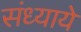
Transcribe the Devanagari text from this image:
संध्याये